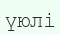
үюлі